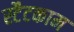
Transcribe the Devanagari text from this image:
स्टैटकाम